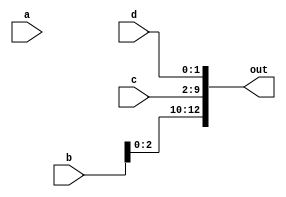
module concat_continuous_assignment (
    input wire a,                // Single bit input
    input wire [3:0] b,         // 4-bit input
    input wire [7:0] c,         // 8-bit input
    input wire [1:0] d,         // 2-bit input
    output wire [12:0] out      // Output vector (1 + 4 + 8 + 2 = 15 bits)
);

// Continuous assignment using concatenation
assign out = {a, b, c, d}; // Concatenate inputs in the order: a, b, c, d

endmodule